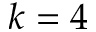
k = 4